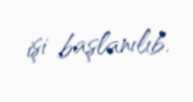
işi başlanılıb.